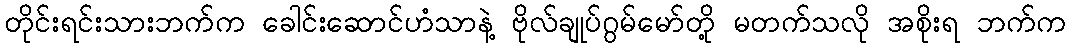
တိုင်းရင်းသားဘက်က ခေါင်းဆောင်ဟံသာနဲ့ ဗိုလ်ချုပ်ဂွမ်မော်တို့ မတက်သလို အစိုးရ ဘက်က